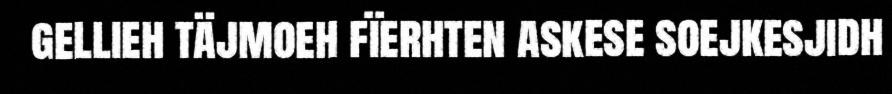
gellieh täjmoeh fïerhten askese soejkesjidh